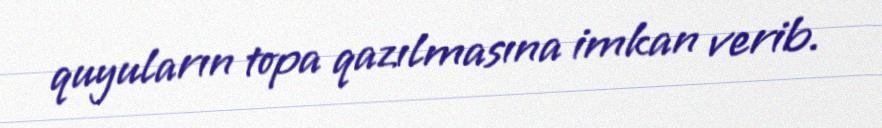
quyuların topa qazılmasına imkan verib.